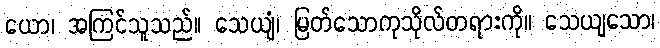
ယော၊ အကြင်သူသည်။ သေယျံ၊ မြတ်သောကုသိုလ်တရားကို။ သေယျသော၊